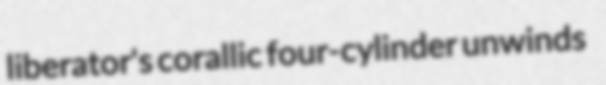
liberator's corallic four-cylinder unwinds